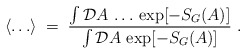
\begin{align*}\langle \ldots \rangle \;=\; \frac{\int {\mathcal D}A \,\ldots \, \exp [ - S_G(A) ]}{\int {\mathcal D}A \, \exp [ - S_G(A) ]}\;.\end{align*}